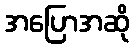
အပြောအဆို